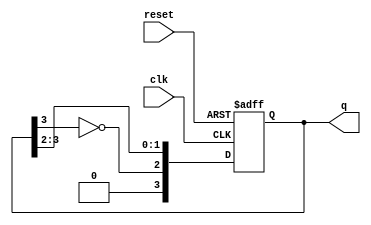
module johnson_counter #(parameter N = 4) (
    input wire clk,       // Clock signal
    input wire reset,     // Asynchronous reset
    output reg [N-1:0] q // Counter output
);

// Always block triggered on the rising edge of the clock
// or when the reset signal is active
always @(posedge clk or posedge reset) begin
    if (reset) begin
        // Initialize the counter to 0 on reset
        q <= 0;
    end else begin
        // Perform the Johnson Counter state transition
        q <= {~q[N-1], q[N-1:N-2]}; // Shift and feedback inverted output of the last flip-flop
    end
end

endmodule